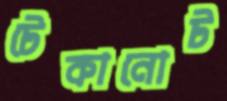
টেকানোট